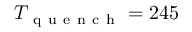
T _ { \mathrm { ~ q ~ u ~ e ~ n ~ c ~ h ~ } } = 2 4 5